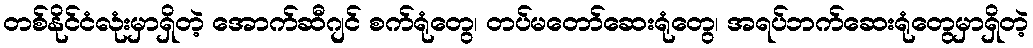
တစ်နိုင်ငံလုံးမှာရှိတဲ့ အောက်ဆီဂျင် စက်ရုံတွေ၊ တပ်မတော်ဆေးရုံတွေ၊ အရပ်ဘက်ဆေးရုံတွေမှာရှိတဲ့